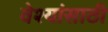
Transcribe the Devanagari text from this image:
वेश्यांसाठी